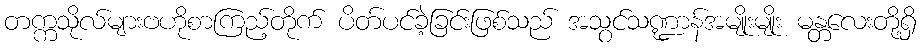
တက္ကသိုလ်များဗဟိုစာကြည့်တိုက် ပိတ်ပင်ခဲ့ခြင်းဖြစ်သည် အသွင်သဏ္ဍာန်အမျိုးမျိုး မန္တလေးတို့ရှိ